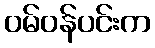
ဝမ်ဝန်ပင်းက